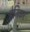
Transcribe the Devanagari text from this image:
हेनिकर